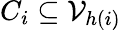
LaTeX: C_{i}\subseteq\mathcal{V}_{h(i)}